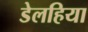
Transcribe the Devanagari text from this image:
डेलहिया